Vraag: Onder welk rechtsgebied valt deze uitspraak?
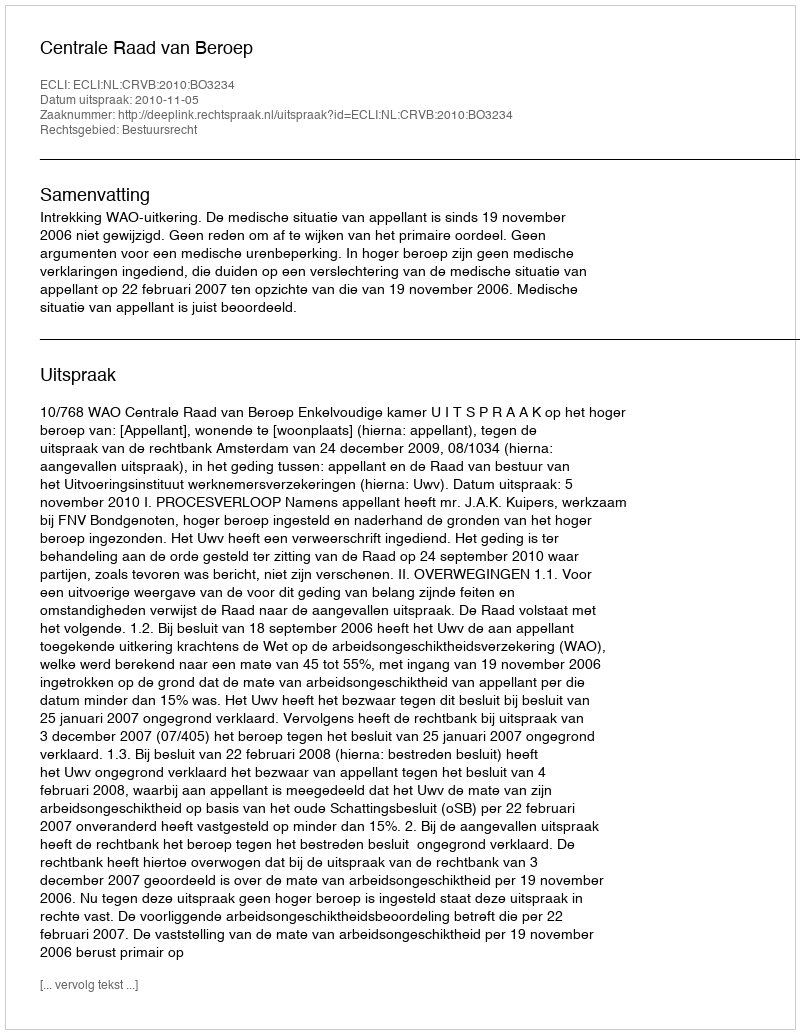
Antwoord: Bestuursrecht